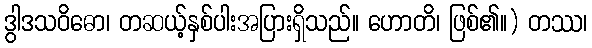
ဒွါဒသဝိဓော၊ တဆယ့်နှစ်ပါးအပြားရှိသည်။ ဟောတိ၊ ဖြစ်၏။) တဿ၊